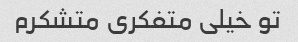
تو خیلی متفکری متشکرم